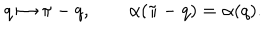
LaTeX: q \mapsto \pi - q , \qquad \alpha ( \pi - q ) = \alpha ( q ) .